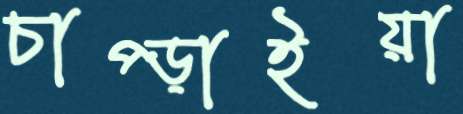
চাপ্‌ড়াইয়া